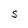
Character: S